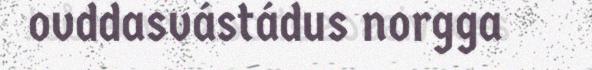
ovddasvástádus norgga